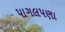
પાગલપણા